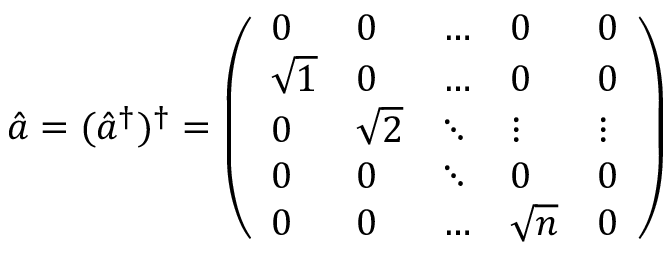
\hat { a } = ( \hat { a } ^ { \dagger } ) ^ { \dagger } = \left( \begin{array} { l l l l l } { 0 } & { 0 } & { \dots } & { 0 } & { 0 } \\ { \sqrt { 1 } } & { 0 } & { \dots } & { 0 } & { 0 } \\ { 0 } & { \sqrt { 2 } } & { \ddots } & { \vdots } & { \vdots } \\ { 0 } & { 0 } & { \ddots } & { 0 } & { 0 } \\ { 0 } & { 0 } & { \dots } & { \sqrt { n } } & { 0 } \end{array} \right)